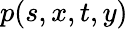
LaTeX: p(s,x,t,y)